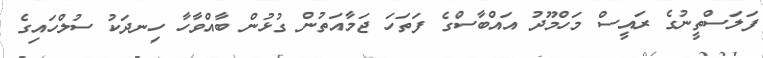
ފަލަސްތީނުގެ ރައީސް މަހްމޫދު އައްބާސްގެ ފަތަހަ ޖަމާއަތުން ގުޅުން ބާއްވާހާ ހިނދަކު ސުލްހައިގެ